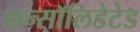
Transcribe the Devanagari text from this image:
कन्सॉलिडेटेड